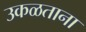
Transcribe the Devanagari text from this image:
उकळताना